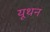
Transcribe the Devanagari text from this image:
यूथन